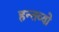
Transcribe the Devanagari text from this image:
हन्तव्यो